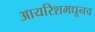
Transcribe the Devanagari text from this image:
आयरिशमधूनच